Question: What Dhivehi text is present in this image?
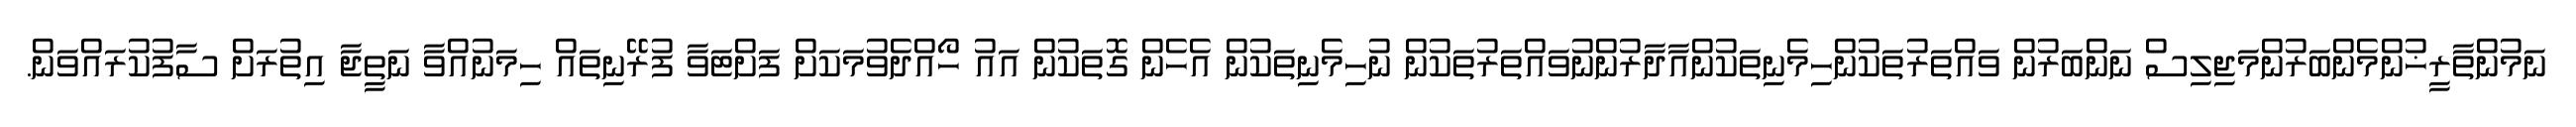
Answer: ނަމުންތާރީޚުންމެންބަރުންމަޖިލިސް ނަންބަރުން ވައްތަރުތަކުންހިމެނިތަކުންއާދާރުންނުވައްތަރުތަކުން ނުހިމެނިތަކުން އެހެން ގޮތަކުން އައު ހޯއްދެވުމަކަށް ފަށްޓަވާ ފުރޭނިތައް ހިމަނުއްވާ ނަތީޖާ އިތުރަށް ސާފުކުރައްވަން.